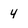
Character: 4